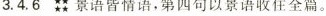
3.4.6t景语皆情语，第四句以景语收住全篇。